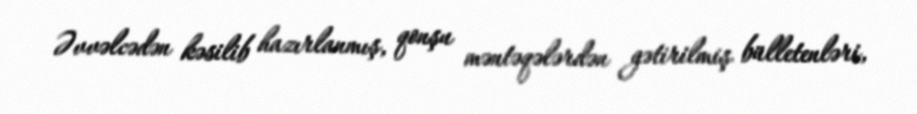
Əvvəlcədən kəsilib hazırlanmış, qonşu məntəqələrdən gətirilmiş bülletenləri,